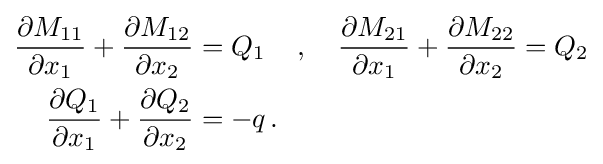
{\begin{aligned}{\frac {\partial M_{11}}{\partial x_{1}}}+{\frac {\partial M_{12}}{\partial x_{2}}}&=Q_{1}\quad \,,\quad {\frac {\partial M_{21}}{\partial x_{1}}}+{\frac {\partial M_{22}}{\partial x_{2}}}=Q_{2}\\{\frac {\partial Q_{1}}{\partial x_{1}}}+{\frac {\partial Q_{2}}{\partial x_{2}}}&=-q\,.\end{aligned}}